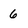
Character: 6